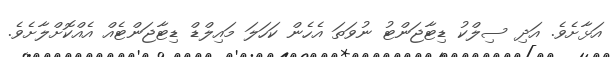
އަޅާށެވެ. އަދި ސިލްކު ޑިޓާޖަންޓު ނުވަތަ އެހެން ކަހަލަ މައިލްޑް ޑިޓާޖަންޓެއް އެއްކޮށްލާށެވެ.